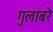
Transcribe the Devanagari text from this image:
गुलाबरे